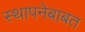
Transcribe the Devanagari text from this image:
स्थापनेबाबत